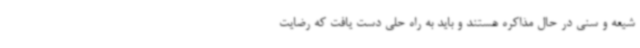
شیعه و سنی در حال مذاکره هستند و باید به راه حلی دست یافت که رضایت